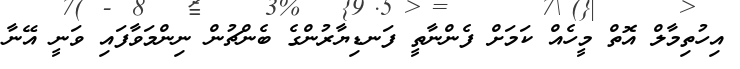
އިހުތިމާލް އޮތް މީހެއް ކަމަށް ފެންނާތީ ފަނޑިޔާރުންގެ ބެންޗުން ނިންމަވާފައި ވަނީ އޭނާ